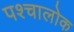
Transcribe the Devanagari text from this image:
पश्चालोक